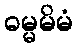
ဓမ္မမိမံ